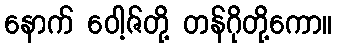
နောက် ဝေါ့ဇ်တို့ တန်ဂိုတို့ကော။